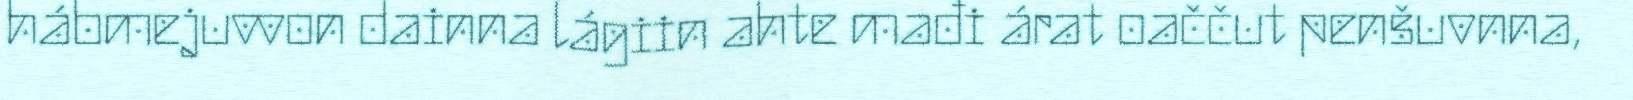
hábmejuvvon dainna lágiin ahte mađi árat oaččut penšuvnna,